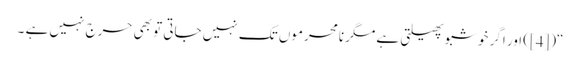
“([4]) اور اگر خوشبو پھیلتی ہے مگر نامحرموں تک نہیں جاتی تو بھی حرج نہیں ہے ۔